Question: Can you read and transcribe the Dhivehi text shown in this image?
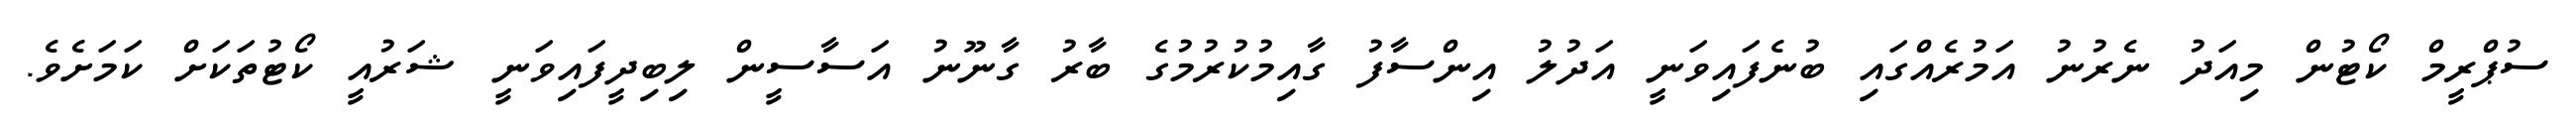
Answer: ސުޕްރީމް ކޯޓުން މިއަދު ނެރުނު އަމުރެއްގައި ބުނެފައިވަނީ އަދުލު އިންސާފު ގާއިމުކުރުމުގެ ބާރު ގާނޫނު އަސާސީން ލިބިދީފައިވަނީ ޝަރުއީ ކޯޓުތަކަށް ކަމަށެވެ.